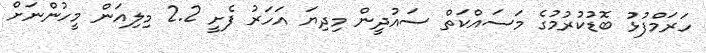
ހަރަމްފުޅު ބޮޑުކުރުމުގެ މަސައްކަތް ސައުދީން މިދިޔަ އަހަރު ފެށީ 2.2 މިިލިއަން މީހުންނަށް